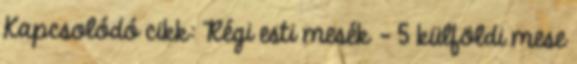
Kapcsolódó cikk: Régi esti mesék - 5 külföldi mese